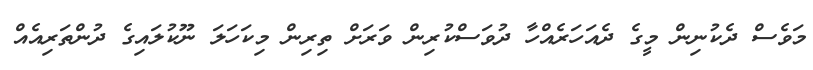
މަވެސް ދެކުނިން މީގެ ދެއަހަރެއްހާ ދުވަސްކުރިން ވަރަށް ތިރިން މިކަހަލަ ނޫކުލައިގެ ދުންތަރިއެއް